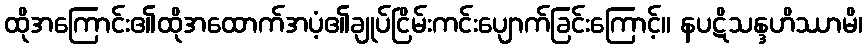
ထိုအကြောင်း၏ထိုအထောက်အပံ့၏ချုပ်ငြိမ်းကင်းပျောက်ခြင်းကြောင့်။ နပဋိသန္ဒဟိဿာမိ၊